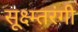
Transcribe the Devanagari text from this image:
सूक्ष्म्तरंगी